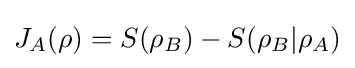
J_{A}(\rho )=S(\rho _{B})-S(\rho _{B}|\rho _{A})